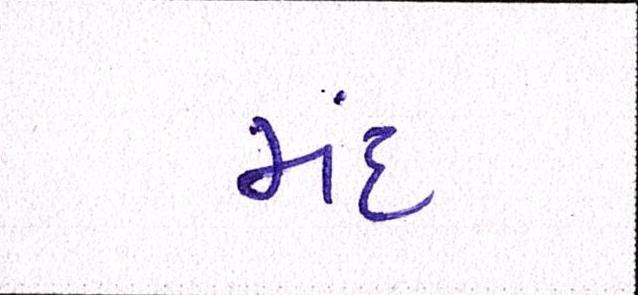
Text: મંદ